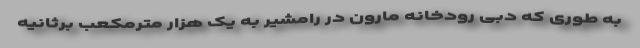
به طوری که دبی رودخانه مارون در رامشیر به یک هزار مترمکعب برثانیه